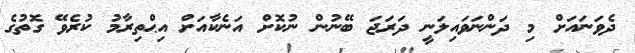
ދެވަނައަށް މި ދަންނަވައިލަނީ ދަރަޖަ ބޭނުން ނުކޮށް އަނެކާއަށް އިޙްތިރާމު ކުރެވޭ ގޮތުގެ